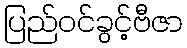
ပြည်ဝင်ခွင့်ဗီဇာ